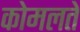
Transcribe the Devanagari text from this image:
कोमलते